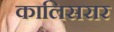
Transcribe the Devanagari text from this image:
कालिसरार